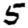
Digit: 5